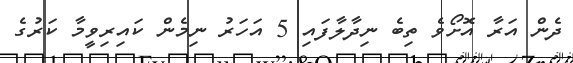
ދެން އަރާ އޮށޯވެ ތިބެ ނިދާލާފައި 5 އަހަރު ނިމެން ކައިރިވީމާ ކަރުގެ